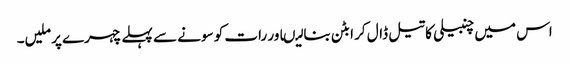
اس میں چنبیلی کا تیل ڈال کر ابٹن بنا لیںاور رات کو سونے سے پہلے چہرے پر ملیں۔